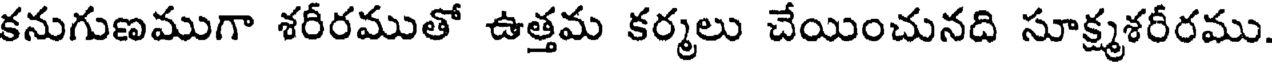
కనుగుణముగా శరీరముతో ఉత్తమ కర్మలు చేయించునది సూక్ష్మశరీరము.